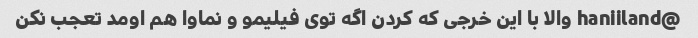
@haniiland والا با این خرجی که کردن اگه توی فیلیمو و نماوا هم اومد تعجب نکن